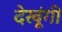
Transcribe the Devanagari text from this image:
देखूंगी